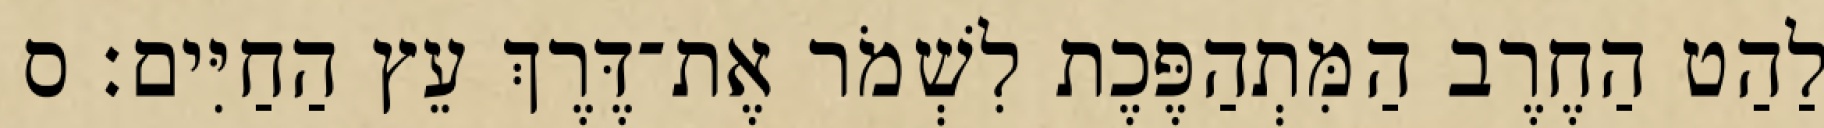
לַהַט הַחֶרֶב הַמִּתְהַפֶּכֶת לִשְׁמֹר אֶת־דֶּרֶךְ עֵץ הַחַיִּים׃ ס